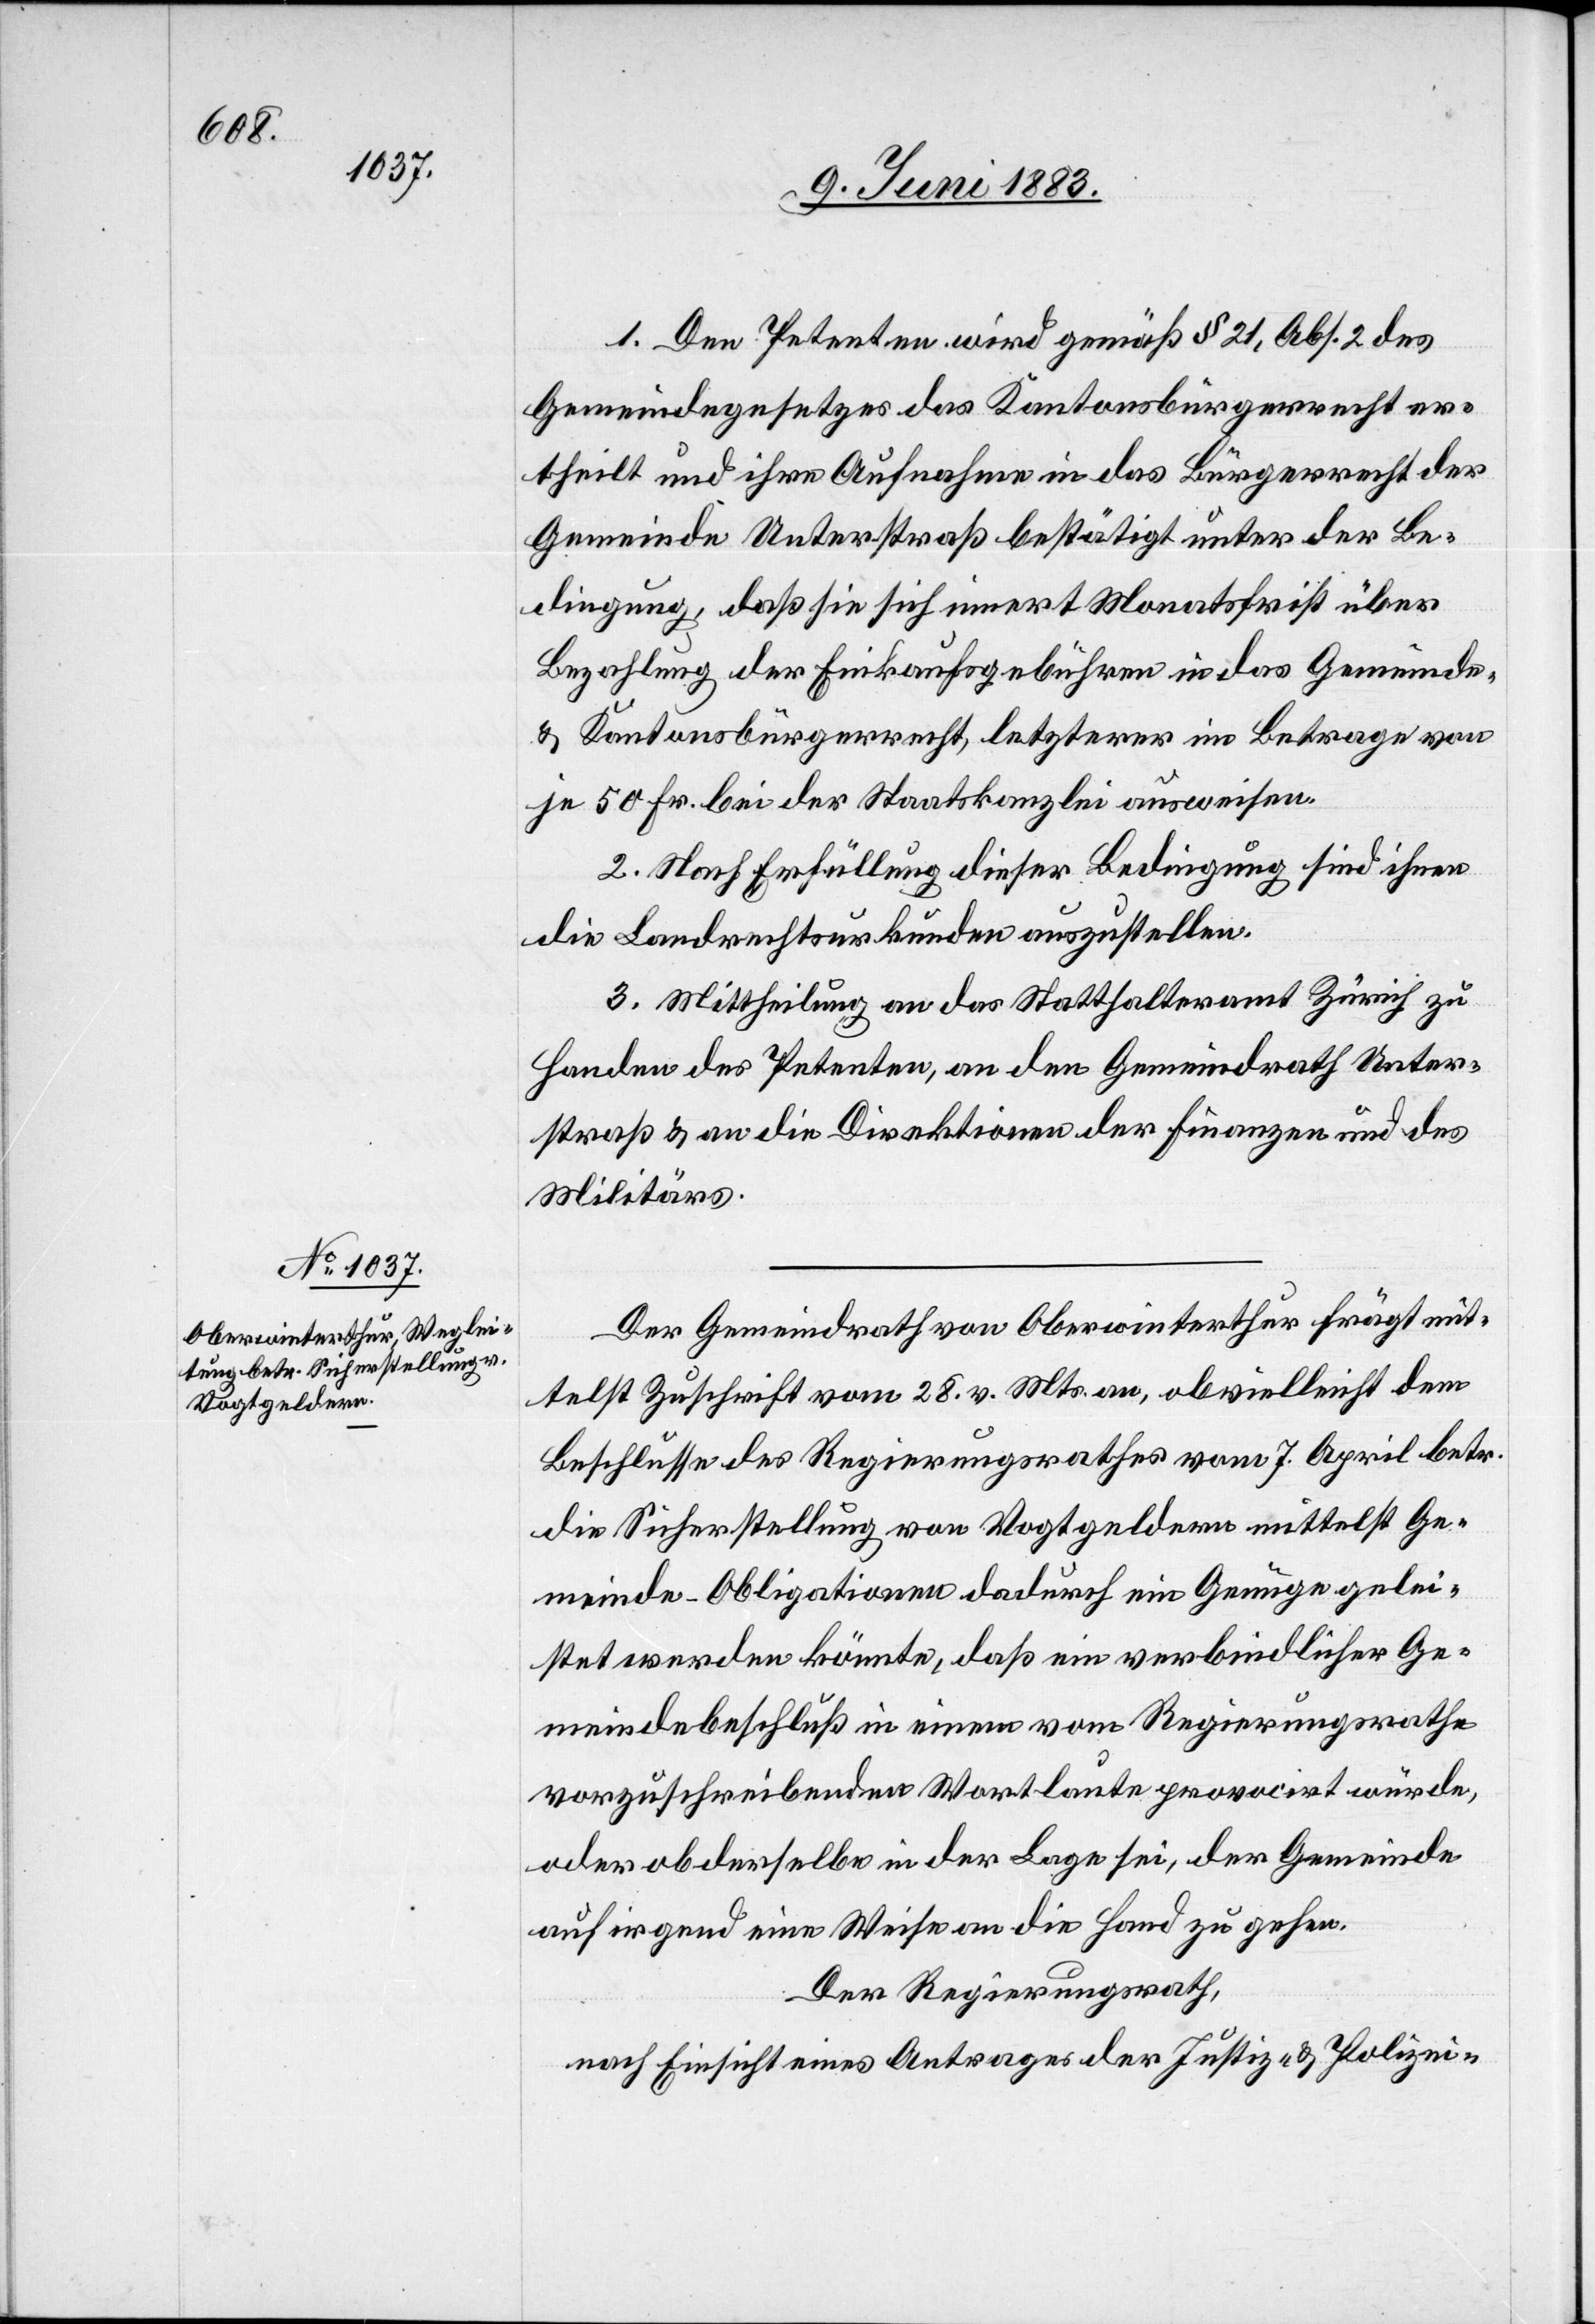
1. Den Petenten wird gemäß § 21, Abs. 2 des
Gemeindegesetzes das Kantonsbürgerrecht er¬
theilt und ihre Aufnahme in das Bürgerrecht der
Gemeinde Unterstraß bestätigt unter der Be¬
dingung, daß sie sich innert Monatsfrist über
Bezahlung der Einkaufsgebühren in das Gemeinde
& Kantonsbürgerrecht, letzterer im Betrage von
je 50 Fr. bei der Staatskanzlei ausweisen.
2. Nach Erfüllung dieser Bedingung sind ihnen
die Landrechtsurkunden auszustellen.
3. Mittheilung an das Statthalteramt Zürich zu
Handen des Petenten, an den Gemeindrath Unter¬
straß & an die Direktionen der Finanzen und des
Militärs.
Der Gemeindrath von Oberwinterthur frägt mit¬
telst Zuschrift vom 28. v. Mts. an, ob vielleicht dem
Beschlusse des Regierungsrathes vom 7. April betr.
die Sicherstellung von Vogtgeldern mittelst Ge¬
meinde-Obligationen dadurch ein Genüge gelei¬
stet werden könnte, daß ein verbindlicher Ge¬
meindebeschluß in einem vom Regierungsrathe
vorzuschreibenden Wortlaute prononcirt würde,
oder ob derselbe in der Lage sei, der Gemeinde
auf irgend eine Weise an die Hand zu gehen.
Der Regierungsrath,
nach Einsicht eines Antrages der Justiz- & Polizei-